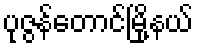
ပုဇွန်တောင်မြို့နယ်